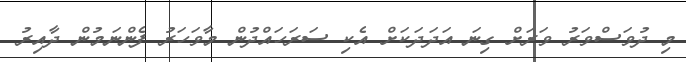
މި ދުވަސްވަރު ވަރަށް ގިނަ އަދަދަކަށް އެކި ސަރަހައްދުން މާވަހަރު ފެންނަމުން ދާއިރު